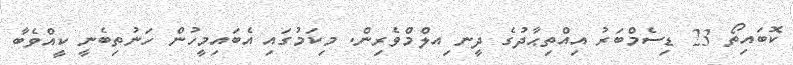
ކޮބައިތޯ 23 ޑިސެމްބަރު އިއްތިޙާދުގެ ދީނ ިއލްމްވެރިން. މިކަމުގައި އެބައިމީހުން ހަނުތިބެނީ ކީއްވެބާ